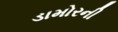
ડામોરની